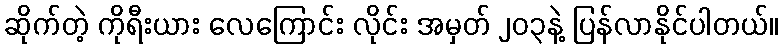
ဆိုက်တဲ့ ကိုရီးယား လေကြောင်း လိုင်း အမှတ် ၂၀၃နဲ့ ပြန်လာနိုင်ပါတယ်။